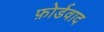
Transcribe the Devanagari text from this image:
फ़ोर्डवाद